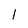
Character: 1